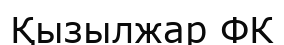
Қызылжар ФК